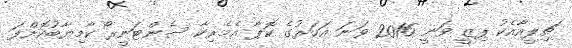
ޗިލީއާއެކު ޕިޒީ ވަނީ 2016 ވަނަ އަހަރުގެ ކޮޕާ އެމެރިކާ ސެންޓަނީރޯ ކާމިޔާބުކޮށްފަ